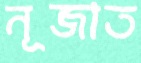
নূজাত